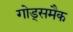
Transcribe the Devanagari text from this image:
गोड्समैक